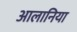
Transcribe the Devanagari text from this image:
आलानिया